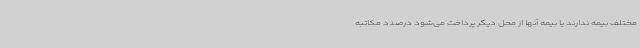
مختلف بیمه ندارند یا بیمه آنها از محل دیگر پرداخت می‌شود درصدد مکاتبه